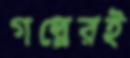
গল্পেরই